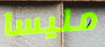
مليسا